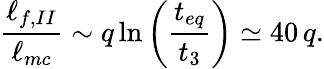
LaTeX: \frac{\ell_{f,II}}{\ell_{mc}}\sim q\ln\left({\frac{t_{eq}}{t_{3}}}\right)\simeq 40\, q.